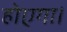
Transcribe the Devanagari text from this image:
होएगा।